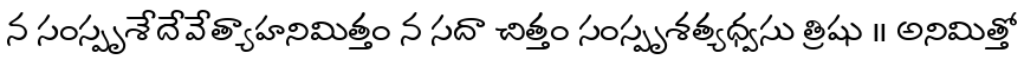
న సంస్పృశేదేవేత్యాహనిమిత్తం న సదా చిత్తం సంస్పృశత్యధ్వసు త్రిషు ॥ అనిమిత్తో